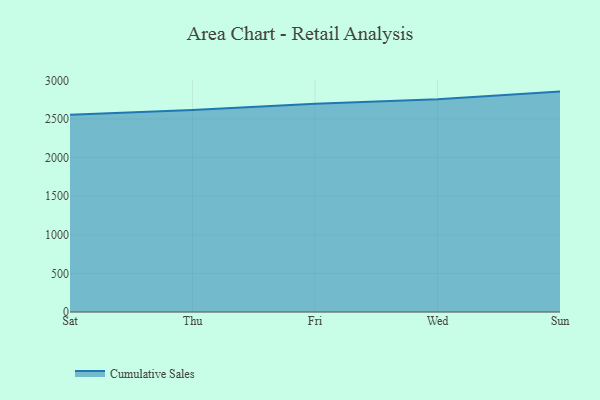
{"axis": {"x": "Day", "y": "Shipments"}, "legend": ["Cumulative Sales"], "data": [{"x": "Sat", "y": 2554.4, "type": "Cumulative Sales"}, {"x": "Thu", "y": 2617.8, "type": "Cumulative Sales"}, {"x": "Fri", "y": 2697.7, "type": "Cumulative Sales"}, {"x": "Wed", "y": 2755.5, "type": "Cumulative Sales"}, {"x": "Sun", "y": 2854.6, "type": "Cumulative Sales"}]}